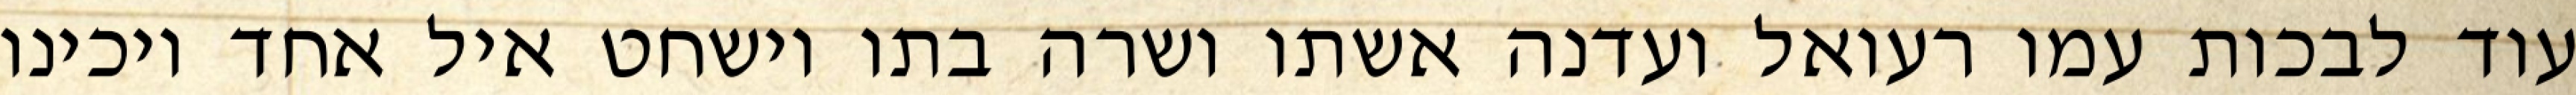
עוד לבכות עמו רעואל ועדנה אשתו ושרה בתו וישחט איל אחד ויכינו